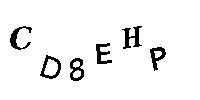
CD8EHP